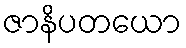
ဇာနိပတယော